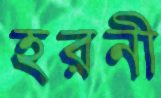
হরনী